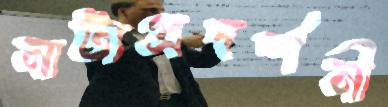
নাট্যপ্রদর্শনী